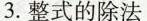
3.整式的除法